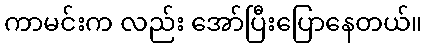
ကာမင်းက လည်း အော်ပြီးပြောနေတယ်။